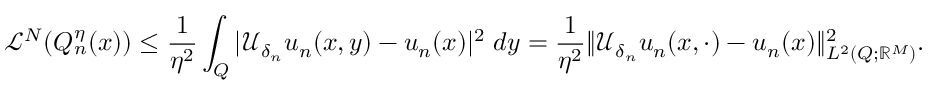
\mathcal { L } ^ { N } ( Q _ { n } ^ { \eta } ( x ) ) \leq \frac { 1 } { \eta ^ { 2 } } \int _ { Q } { | \mathcal { U } _ { \delta _ { n } } u _ { n } ( x , y ) - u _ { n } ( x ) | ^ { 2 } \; d y } = \frac { 1 } { \eta ^ { 2 } } \| \mathcal { U } _ { \delta _ { n } } u _ { n } ( x , \cdot ) - u _ { n } ( x ) \| _ { L ^ { 2 } ( Q ; \mathbb { R } ^ { M } ) } ^ { 2 } .